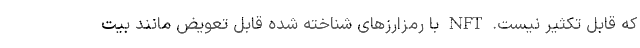
که قابل تکثیر نیست. NFT با رمزارزهای شناخته شده قابل تعویض مانند بیت